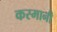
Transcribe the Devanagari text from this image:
कस्मानी